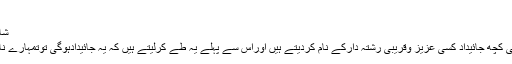
‏نومبر 13، 2012 #40
شاید میری بات آپ کو سمجھ میں نہیں آئی
آپ قانونی داؤپیج سے پھنسنے کیلئے اپنی کچھ جائیداد کسی عزیز وقریبی رشتہ دارکے نام کردیتے ہیں اوراس سے پہلے یہ طے کرلیتے ہیں کہ یہ جائیدادہوگی توتمہارے نام لیکن سارااختیاراورسارامنافع میراہوگا۔